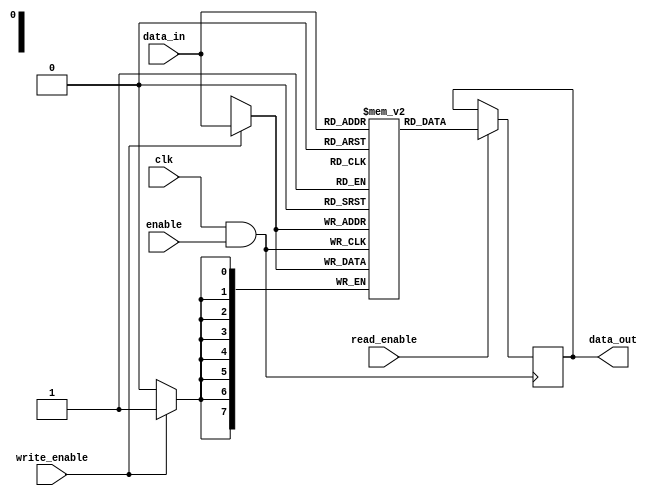
module memory_block (
    input wire clk,           // Main clock signal
    input wire enable,        // Enable signal for clock gating
    input wire [7:0] data_in, // Data input
    output reg [7:0] data_out, // Data output
    input wire write_enable,   // Write enable signal
    input wire read_enable      // Read enable signal
);

    // Memory array (8-bit wide, 256 depth as an example)
    reg [7:0] memory_array [0:255];

    // Clock gating logic
    wire gated_clk;
    assign gated_clk = clk & enable; // AND gate for clock gating

    // Memory operation
    always @(posedge gated_clk) begin
        if (write_enable) begin
            // Write operation
            memory_array[data_in[7:0]] <= data_in; // Example address using lower 8 bits of data_in
        end
    end

    always @(posedge gated_clk) begin
        if (read_enable) begin
            // Read operation
            data_out <= memory_array[data_in[7:0]]; // Example address using lower 8 bits of data_in
        end
    end

endmodule